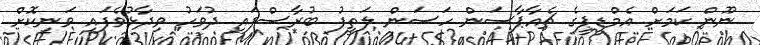
ނޫން ކަމަށް އެމްޑީޕީގެ ޗެއާޕާސަން ހަސަން ލަތީފު ބުރާސްފައި ދުވަހު ވިދާޅުވެފައި ވަނިކޮށް